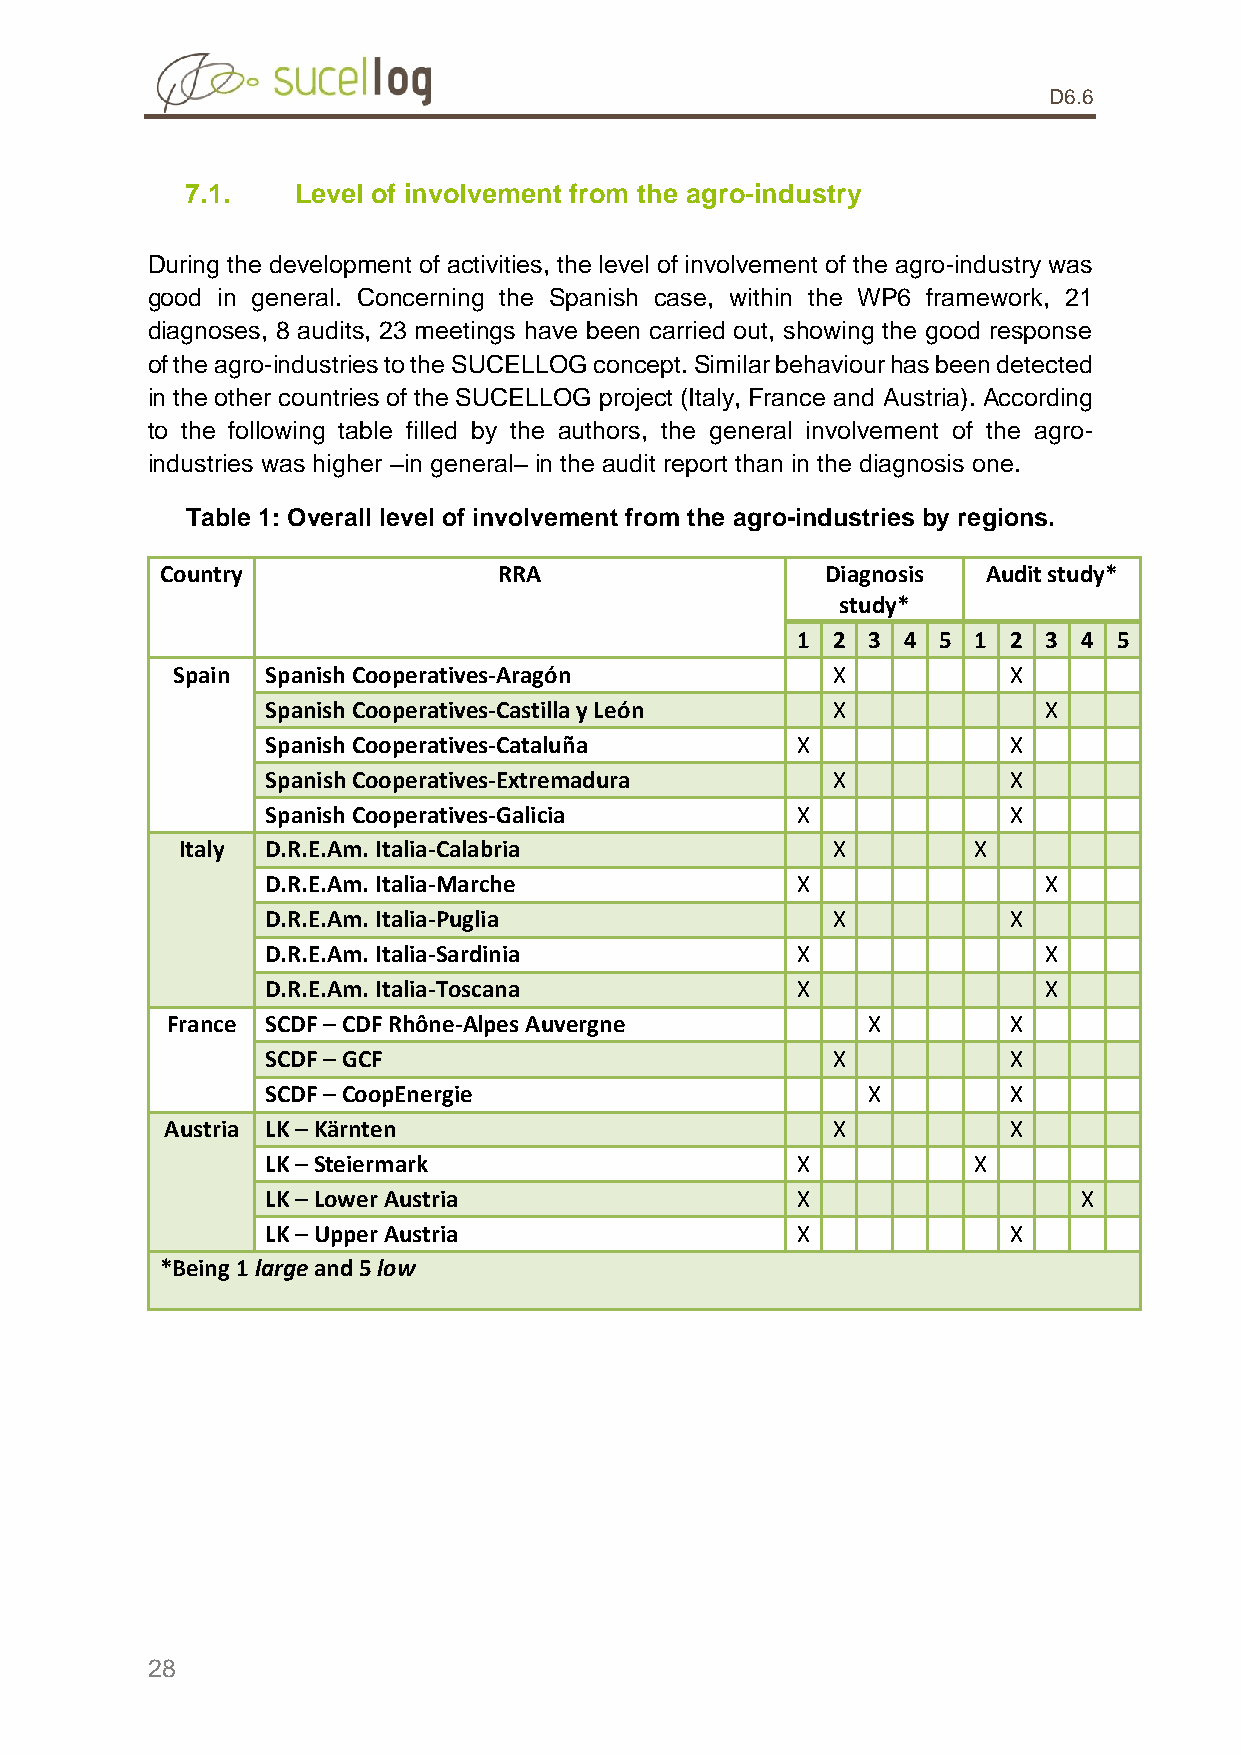
D6.6
 7.1.    Level of involvement from the agro-industry
 During the development of activities, the level of involvement of the agro-industry was
 good in general. Concerning the Spanish case, within the WP6 framework, 21
 diagnoses, 8 audits, 23 meetings have been carried out, showing the good response
 of the agro-industries to the SUCELLOG concept. Similar behaviour has been detected
 in the other countries of the SUCELLOG project (Italy, France and Austria). According
 to the following table filled by the authors, the general involvement of the agro-
 industries was higher –in general– in the audit report than in the diagnosis one.
 Table 1: Overall level of involvement from the agro-industries by regions.
 Country               RRA                   Diagnosis Audit study*
 study*
 1 2 3  4 5 1  2 3  4 5
 Spain  Spanish Cooperatives-Aragón          X           X
 Spanish Cooperatives-Castilla y León X             X
 Spanish Cooperatives-Cataluña      X             X
 Spanish Cooperatives-Extremadura     X           X
 Spanish Cooperatives-Galicia       X             X
 Italy D.R.E.Am. Italia-Calabria            X        X
 D.R.E.Am. Italia-Marche            X               X
 D.R.E.Am. Italia-Puglia              X           X
 D.R.E.Am. Italia-Sardinia          X               X
 D.R.E.Am. Italia-Toscana           X               X
 France SCDF – CDF Rhône-Alpes Auvergne        X         X
 SCDF – GCF                           X           X
 SCDF – CoopEnergie                     X         X
 Austria LK – Kärnten                        X           X
 LK – Steiermark                    X          X
 LK – Lower Austria                 X                  X
 LK – Upper Austria                 X             X
 *Being 1 large and 5 low
 28